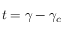
t = \gamma - \gamma _ { c }